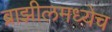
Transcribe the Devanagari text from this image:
ब्राझीलमध्येच